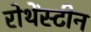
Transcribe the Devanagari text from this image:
रोथेंस्टीन